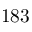
1 8 3